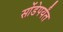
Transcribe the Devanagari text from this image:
सोंडेपर्यंत